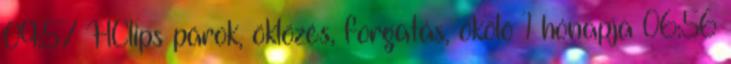
09:57 HClips párok, öklözés, forgatás, ökölö 1 hónapja 06:56